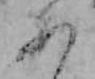
あ